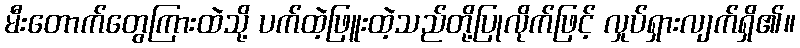
မီးတောက်တွေကြားထဲသို့ ပက်ထဲ့ဖြူးထဲ့သည်တို့ပြုလိုက်ဖြင့် လှုပ်ရှားလျက်ရှိ၏။